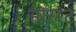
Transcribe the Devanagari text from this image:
मोरांट